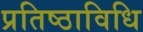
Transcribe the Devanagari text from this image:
प्रतिष्ठाविधि